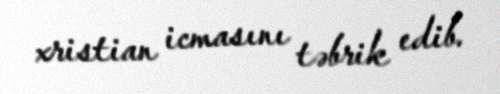
xristian icmasını təbrik edib.